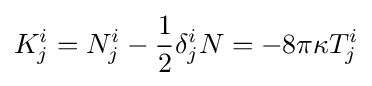
K_{j}^{i}=N_{j}^{i}-{\frac {1}{2}}\delta _{j}^{i}N=-8\pi \kappa T_{j}^{i}